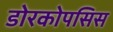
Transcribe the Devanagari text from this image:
डोरकोपसिस